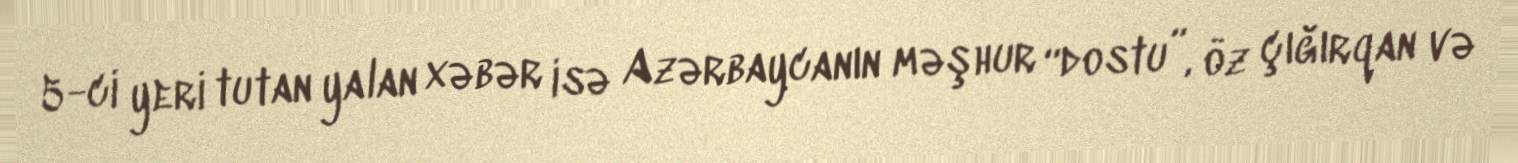
5-ci yeri tutan yalan xəbər isə Azərbaycanın məşhur “dostu”, öz çığırqan və